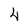
Character: 4